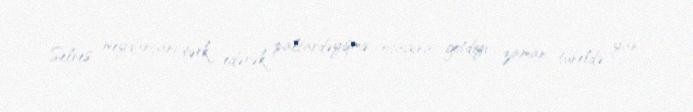
Selnes meydançanı tərk edərək paltardəyişmə otağına getdiyi zaman tuneldə yan